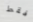
فقط